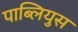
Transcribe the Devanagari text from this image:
पाब्लियुस